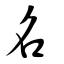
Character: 名